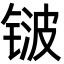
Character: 𬭛